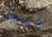
ديث